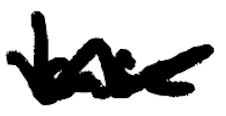
Text: base
Cross-out: mix
Writing tool: digital_black